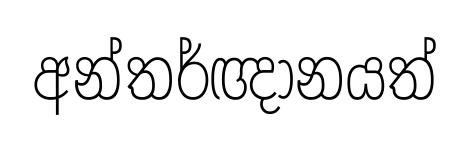
අන්තර්ඥානයත්